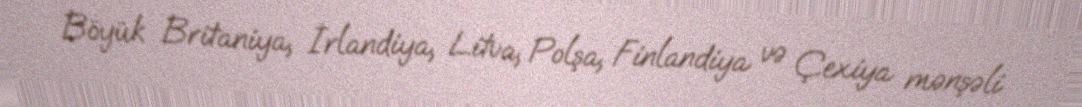
Böyük Britaniya, İrlandiya, Litva, Polşa, Finlandiya və Çexiya mənşəli